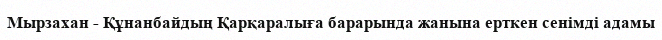
Мырзахан - Құнанбайдың Қарқаралыға барарында жанына ерткен сенімді адамы